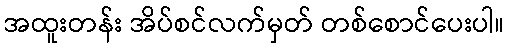
အထူးတန်း အိပ်စင်လက်မှတ် တစ်စောင်ပေးပါ။